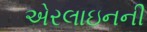
એરલાઇનની